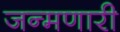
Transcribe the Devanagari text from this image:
जन्मणारी